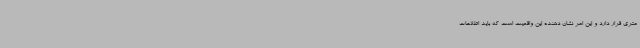
متری قرار دارد و این امر نشان دهنده این واقعیت است که باید اطلاعات